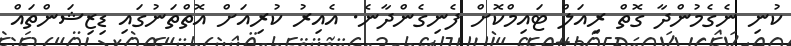
ކުނި ނެގެމުންދާ ގޮތް ރިއަލް ޓައިމްކޮށް ފެނިގެންދާނެ. އެއިރު ކުރިއަށް އޮތްތަނުގައި ޑިޒިޝަންތައް